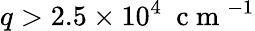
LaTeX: q>2.5\times 10^{4}~\mathrm{~c~m~}^{-1}